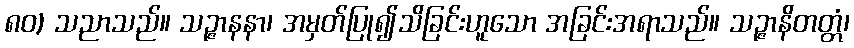
၈၀) သညာသည်။ သဉ္ဇာနနာ၊ အမှတ်ပြု၍သိခြင်းဟူသော အခြင်းအရာသည်။ သဉ္ဇာနိတတ္တံ၊